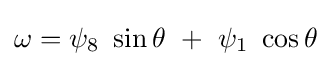
\omega =\psi _{8}\ \sin \theta \ +\ \psi _{1}\ \cos \theta